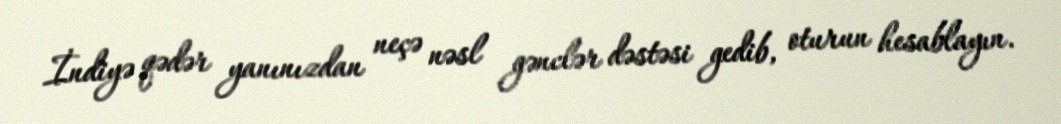
İndiyə qədər yanınızdan neçə nəsl gənclər dəstəsi gedib, oturun hesablayın.